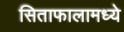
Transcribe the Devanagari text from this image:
सिताफालामध्ये